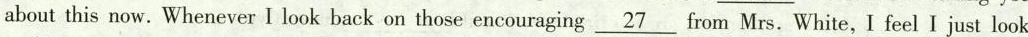
about this now. Whenever I look back on those encouraging \underline{27} from Mrs. White, I feel I just look